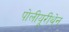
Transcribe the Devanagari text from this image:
पोलीयूरीथेन